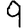
Digit: 9